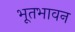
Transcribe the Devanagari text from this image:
भूतभावन